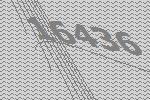
16436